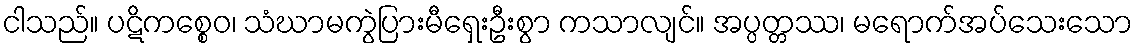
ငါသည်။ ပဋိကစ္စေဝ၊ သံဃာမကွဲပြားမီရှေးဦးစွာ ကသာလျင်။ အပ္ပတ္တဿ၊ မရောက်အပ်သေးသော